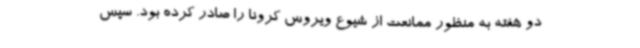
دو هفته به منظور ممانعت از شیوع ویروس کرونا را صادر کرده بود. سپس